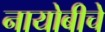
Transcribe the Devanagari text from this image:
नायोबीचे